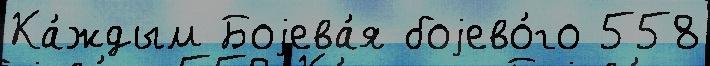
Ка́ждым Боjева́я боjево́го 558